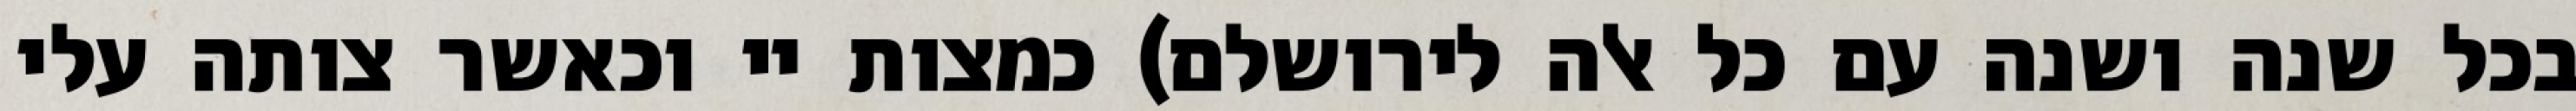
בכל שנה ושנה עם כל אלה לירושלם) כמצות יי וכאשר צותה עלי